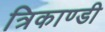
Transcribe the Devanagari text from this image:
त्रिकाण्डी